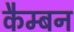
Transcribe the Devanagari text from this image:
कैम्बन